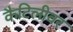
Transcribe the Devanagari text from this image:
कैटिलीवर